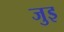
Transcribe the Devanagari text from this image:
जुइ